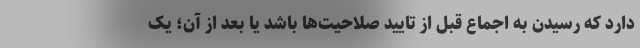
دارد که رسیدن به اجماع قبل از تایید صلاحیت‌ها باشد یا بعد از آن؛ یک